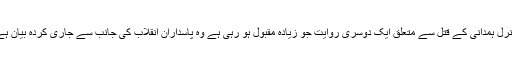
جنرل ہمدانی کے قتل سے متعلق ایک دوسری روایت جو زیادہ مقبول ہو رہی ہے وہ پاسداران انقلاب کی جانب سے جاری کردہ بیان ہے۔